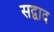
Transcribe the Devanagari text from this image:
सद्वाद